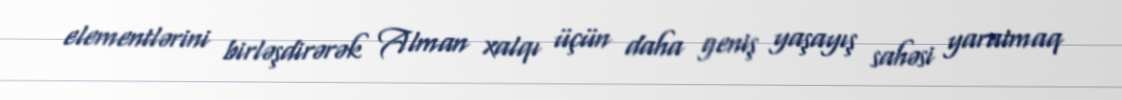
elementlərini birləşdirərək Alman xalqı üçün daha geniş yaşayış sahəsi yaratmaq